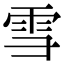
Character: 雪